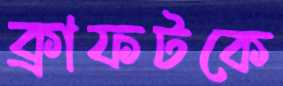
ক্রাফটকে